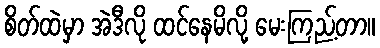
စိတ်ထဲမှာ အဲဒီလို ထင်နေမိလို့ မေးကြည့်တာ။